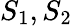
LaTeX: S_{1},S_{2}